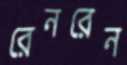
রেনরেন